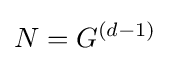
N=G^{(d-1)}